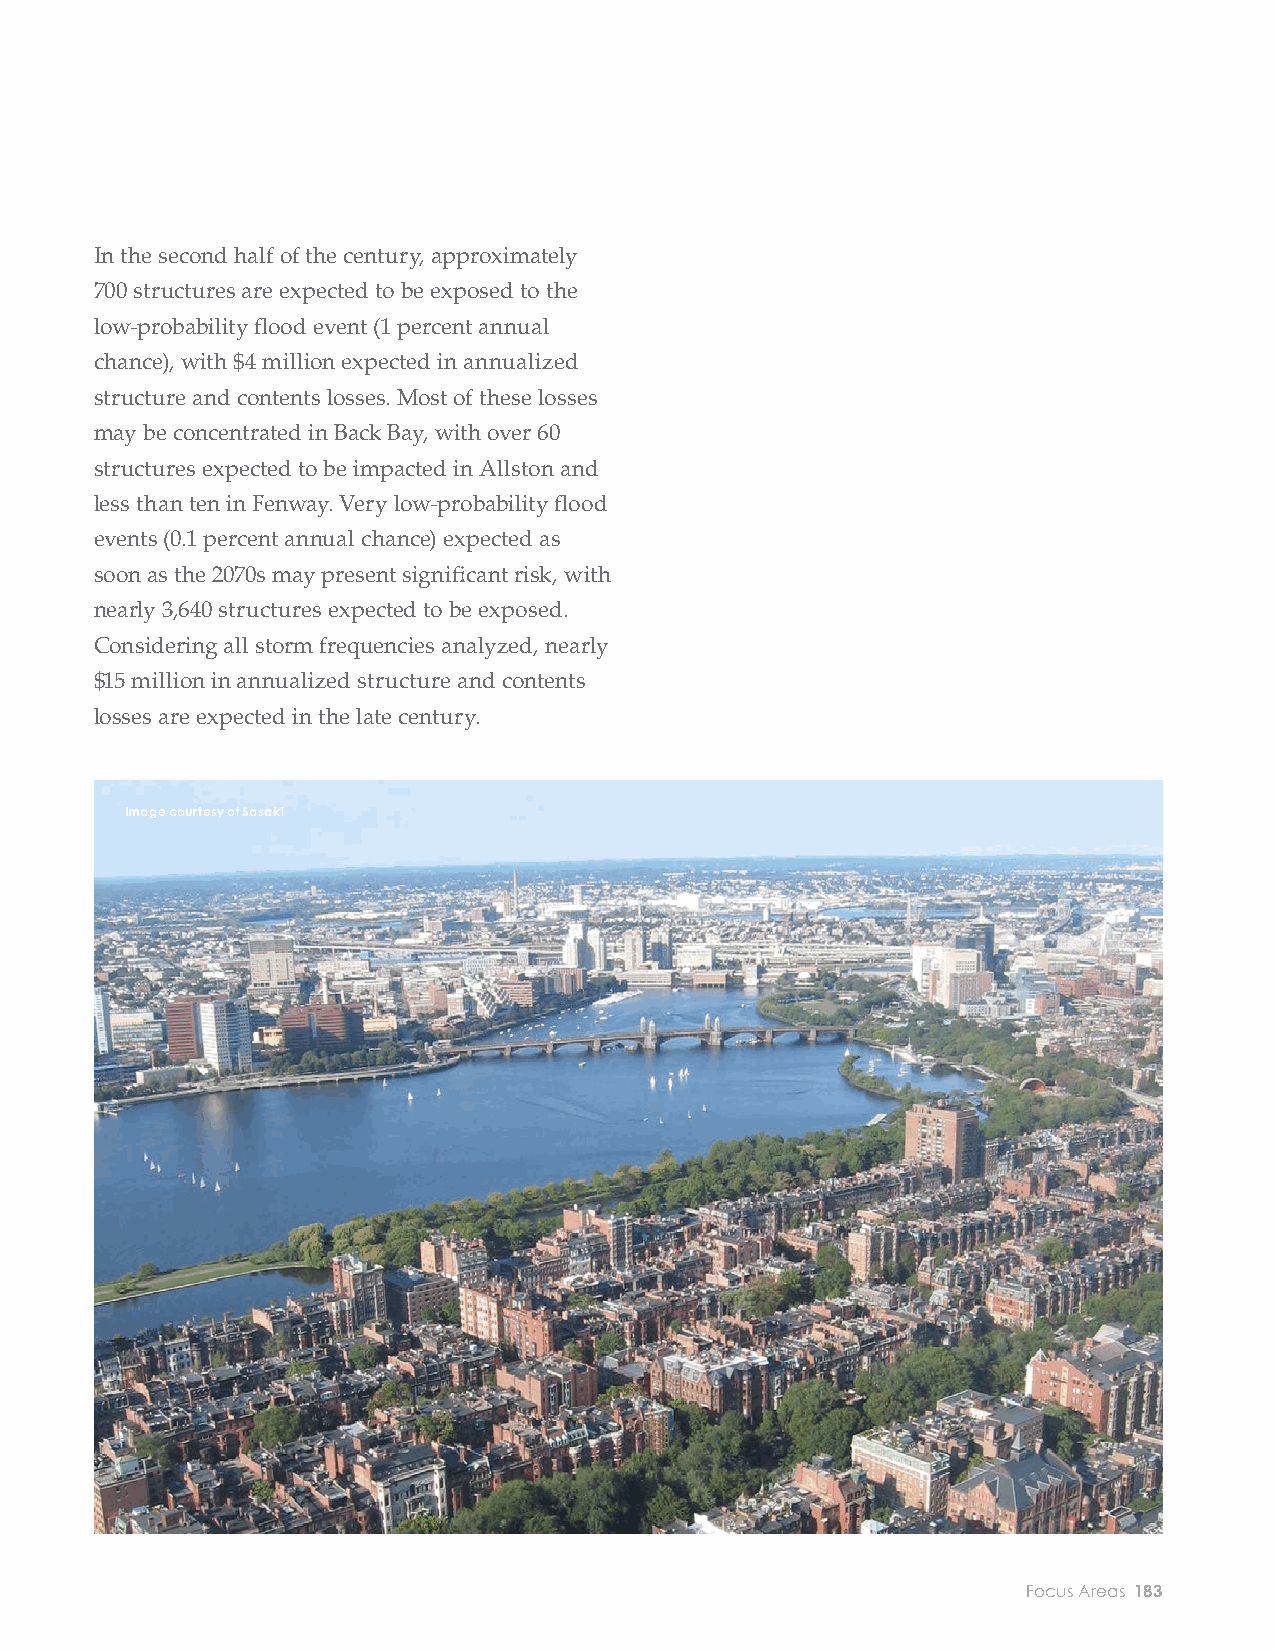
EXPOSURE AND CONSEQUENCES
 BUILDINGS AND ECONOMY
 RISK TO BUILDINGS impacts in other focus areas. As soon as the 2050s, In the second half of the century, approximately
 approximately $13,000 in annualized structure 700 structures are expected to be exposed to the
 The Charles River neighborhoods
 and content losses are expected under the low- low-probability fl ood event (1 percent annual
 are generally less exposed than other
 probability (1 percent annual chance) event. Mid- chance), with $4 million expected in annualized
 Climate Ready Boston focus areas in
 century losses are expected to be concentrated along structure and contents losses. Most of these losses
 the near term and throughout the mid-
 the Charles River Esplanade. may be concentrated in Back Bay, with over 60
 century. Nevertheless, without mitigation,
 structures expected to be impacted in Allston and
 impacts may still be expected, Structures exposed in the Charles River
 less than ten in Fenway. Very low-probability fl ood
 particularly for the lower-probability neighborhoods increase signifi cantly from
 events (0.1 percent annual chance) expected as
 fl ood events later this century. the 1 percent annual chance event (low
 The Charles River neighborhoods are not probability) to the 0.1 percent annual soon as the 2070s may present signifi cant risk, with
 expected to experience structure and content chance event (very low probability) later nearly 3,640 structures expected to be exposed.
 in the century. Overall, nearly $15 million in Considering all storm frequencies analyzed, nearly
 damage until mid-century. Even so, damages
 annualized structure and contents losses $15 million in annualized structure and contents
 may be comparatively low when considering
 could be expected as soon as the 2070s. losses are expected in the late century.
 Image courtesy of Sasaki
 CHARLES RIVER REAL ESTATE
 MARKET VALUE EXPOSED CHARLES RIVER BUILDING EXPOSURE
 182 City of Boston: Climate Ready Boston                            Focus Areas 183